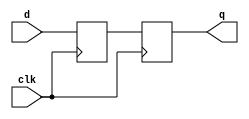
module sync(input      clk, 
            input      d, 
            output reg q);

  reg n1;

  // This is a correct implementation 
  // using nonblocking assignment

  always @(posedge clk)
    begin
      n1 <= d; // nonblocking
      q <= n1; // nonblocking
    end
endmodule